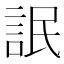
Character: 䛉